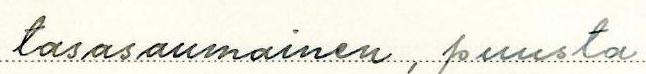
tasasaumainen, puusta